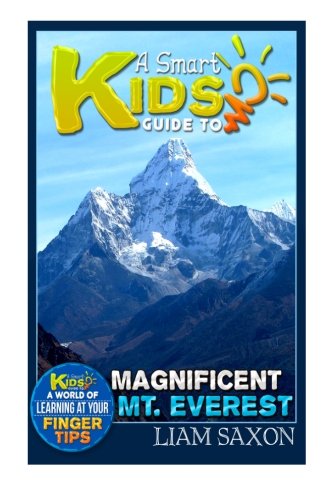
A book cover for A Smart Kids Guide To MAGNIFICENT MT. EVEREST: A World Of Learning At Your Fingertips (Volume 1); Liam Saxon; Children's Books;